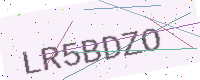
Text: LR5BDZO